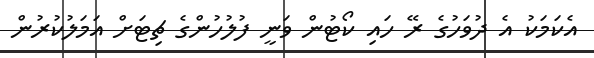
އެކަމަކު އެ ދުވަހުގެ ރޭ ހައި ކޯޓުން ވަނީ ފުލުހުންގެ ޗިޓަށް އަމަލުކުރުން